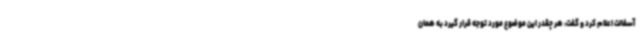
آسفالت اعلام کرد و گفت: هر چقدر این موضوع مورد توجه قرار گیرد به همان